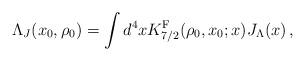
LaTeX: \begin{align*}\Lambda_{J}(x_0,\rho_0) = \int d^4 x K^{\rm F}_{7/2}(\rho_0,x_{0};x) J_{\Lambda}(x) \, ,\end{align*}